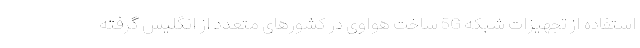
استفاده از تجهیزات شبکه 5G ساخت هواوی در کشورهای متعدد از انگلیس گرفته